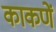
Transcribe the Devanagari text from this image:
काकणें